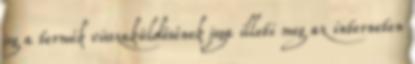
jog a termék visszaküldésének joga illeti meg az interneten